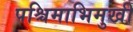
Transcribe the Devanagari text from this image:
पश्चिमाभिमुखी